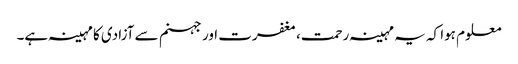
معلوم ہوا کہ یہ مہینہ رحمت، مغفرت اور جہنم سے آزادی کا مہینہ ہے۔